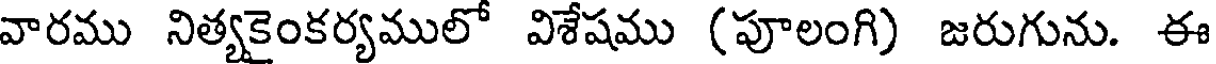
వారము నిత్యకైంకర్యములో విశేషము (పూలంగి) జరుగును. ఈ